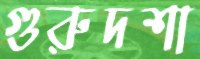
গুরুদশা